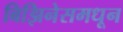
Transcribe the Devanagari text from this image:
बिझिनेसमधून